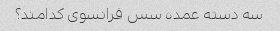
سه دسته عمده سس فرانسوی کدامند؟